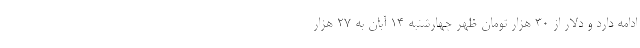
ادامه دارد و دلار از ۳۰ هزار تومان ظهر چهارشنبه ۱۴ آبان به ۲۷ هزار